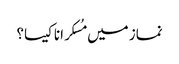
نماز میں مُسکرانا کیسا؟